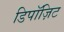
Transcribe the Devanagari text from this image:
डिपॉज़िट